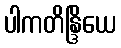
ပါကတိန္ဒြိယေ